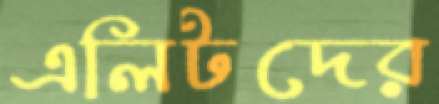
এলিটদের